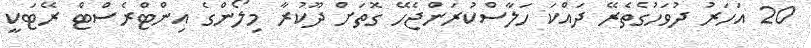
20 އަހަރު ދުވަހުގެތެރޭ ދައްކަ ހަލާސްކުރަންޖެހޭ ގޮތަށް ދޫކުރާ މިލޯންގެ އިންޓްރެސްޓް ރޭޓަކީ